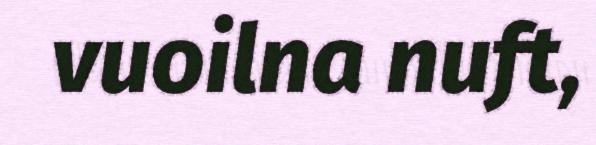
vuoilna nuft,